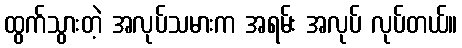
ထွက်သွားတဲ့ အလုပ်သမားက အရမ်း အလုပ် လုပ်တယ်။